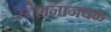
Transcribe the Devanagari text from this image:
स्टेशनाजवळ